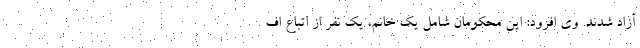
آزاد شدند. وی افزود: این محکومان شامل یک خانم، یک نفر از اتباع اف